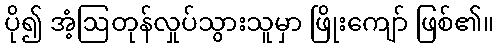
ပို၍ အံ့ဩတုန်လှုပ်သွားသူမှာ ဖြိုးကျော် ဖြစ်၏။